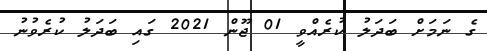
ގެ ނަމަށް ބަދަލު ކުރެއްވީ 01 ޖޫން 2021 ގައި ބަދަލު ކުރެވުނު